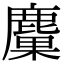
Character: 𪋊